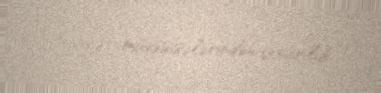
ticarət müəssisələrindən çıxarılıb.